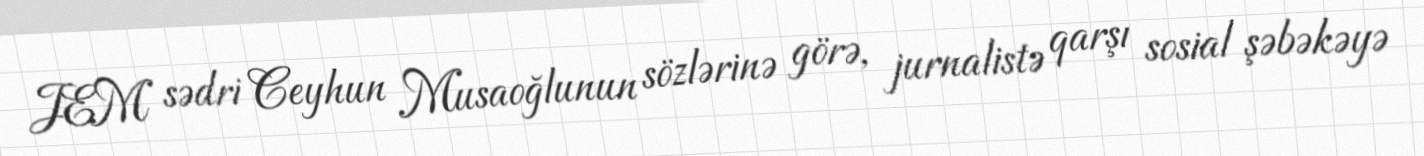
JEM sədri Ceyhun Musaoğlunun sözlərinə görə, jurnalistə qarşı sosial şəbəkəyə